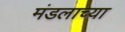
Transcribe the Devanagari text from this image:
मंडलाच्या